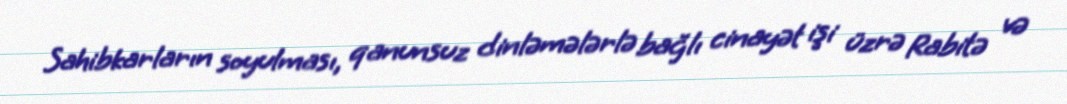
Sahibkarların soyulması, qanunsuz dinləmələrlə bağlı cinayət işi üzrə Rabitə və